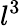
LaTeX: l^{3}